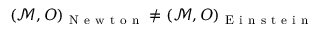
( \mathcal { M } , O ) _ { \mathrm { ~ N ~ e ~ w ~ t ~ o ~ n ~ } } \neq ( \mathcal { M } , O ) _ { \mathrm { ~ E ~ i ~ n ~ s ~ t ~ e ~ i ~ n ~ } }